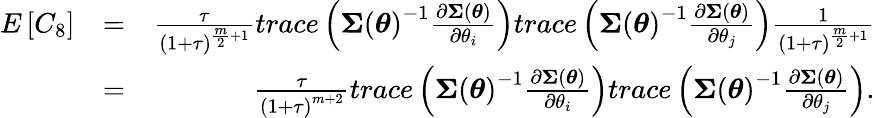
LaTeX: \begin{array}{rlr}{E\left[C_{8}\right]}&{=}&{\frac{\tau}{\left(1+\tau\right)^{\frac{m}{2}+1}}trace\left(\boldsymbol{\Sigma}\left(\boldsymbol{\theta}\right)^{-1}\frac{\partial\boldsymbol{\Sigma}\left(\boldsymbol{\theta}\right)}{\partial\theta_{i}}\right)trace\left(\boldsymbol{\Sigma}\left(\boldsymbol{\theta}\right)^{-1}\frac{\partial\boldsymbol{\Sigma}\left(\boldsymbol{\theta}\right)}{\partial\theta_{j}}\right)\frac{1}{\left(1+\tau\right)^{\frac{m}{2}+1}}}\\ &{=}&{\frac{\tau}{\left(1+\tau\right)^{m+2}}trace\left(\boldsymbol{\Sigma}\left(\boldsymbol{\theta}\right)^{-1}\frac{\partial\boldsymbol{\Sigma}\left(\boldsymbol{\theta}\right)}{\partial\theta_{i}}\right)trace\left(\boldsymbol{\Sigma}\left(\boldsymbol{\theta}\right)^{-1}\frac{\partial\boldsymbol{\Sigma}\left(\boldsymbol{\theta}\right)}{\partial\theta_{j}}\right).}\end{array}